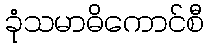
ခုံသမာဓိကောင်စီ